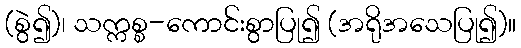
(စွဲ၍)၊ သက္ကစ္စ-ကောင်းစွာပြု၍ (အရိုအသေပြု၍)။